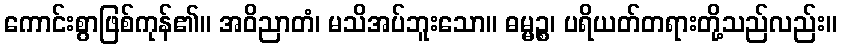
ကောင်းစွာဖြစ်ကုန်၏။ အဝိညာတံ၊ မသိအပ်ဘူးသော။ ဓမ္မဉ္စ၊ ပရိယတ်တရားတို့သည်လည်း။